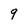
Character: 9